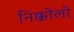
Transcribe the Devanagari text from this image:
निक्कोलो